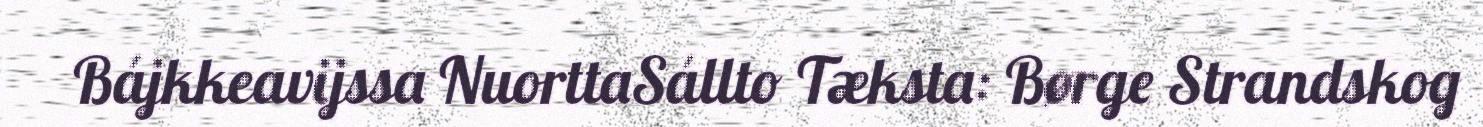
Bájkkeavijssa NuorttaSállto Tæksta: Børge Strandskog